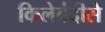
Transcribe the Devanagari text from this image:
किलेबंदीसे